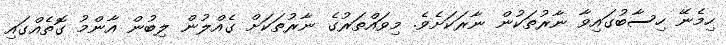
ހިމެނޭ ހިސާބުގައިވާ ނާރުތަކުން ނާރަކަށެވެ. މިވައްތަރުގެ ނާރުތަކަށް ގެއްލުން ލިބުން އާންމު ގޮތެއްގައި